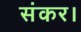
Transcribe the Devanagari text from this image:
संकर।